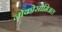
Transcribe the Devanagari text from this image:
नोकोसोमिअल